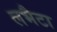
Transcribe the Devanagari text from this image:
लभैटा